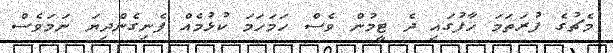
މެޗުގެ ފުރަތަމަ ހާފުގައި ދެ ޓީމުން ވެސް ހަމަހަމަ ކުޅުމެއް ފެނިގެންދިޔަ ނަމަވެސް